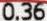
0.36